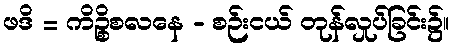
ဖဒိ = ကိဉ္စိစလနေ - စဉ်းငယ် တုန်လှုပ်ခြင်း၌။